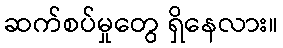
ဆက်စပ်မှုတွေ ရှိနေလား။